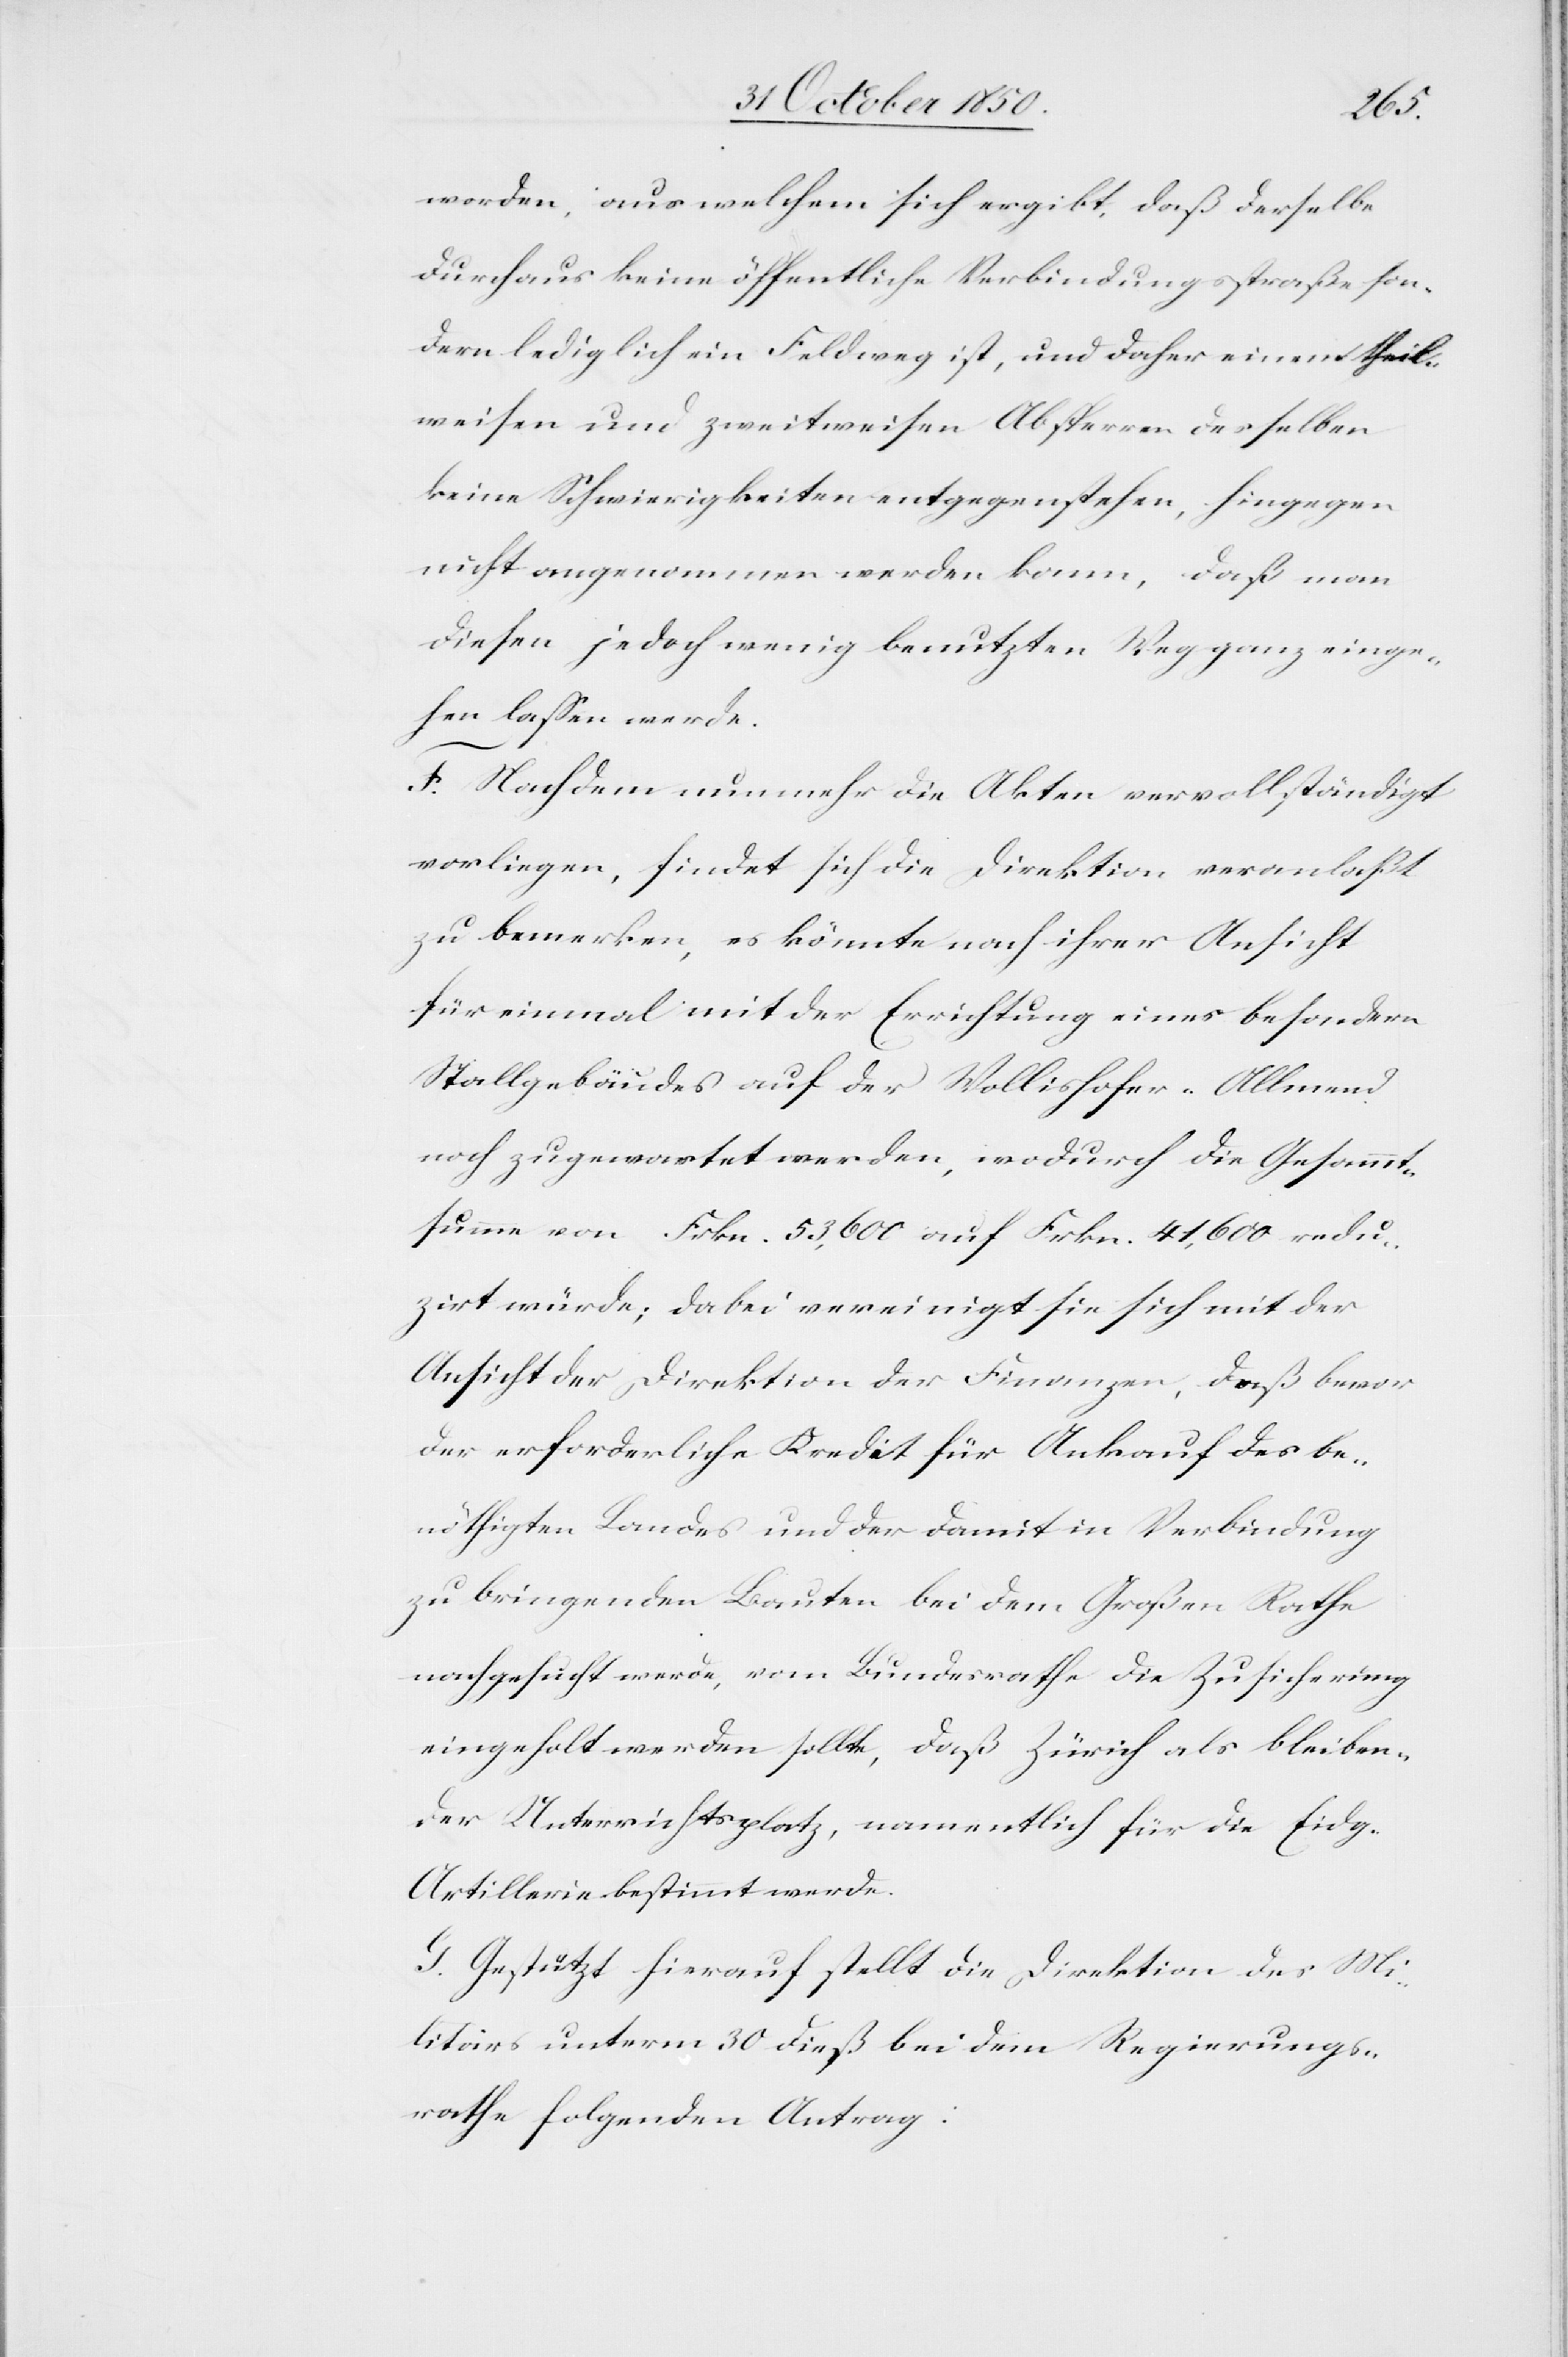
worden, aus welchem sich ergibt, daß derselbe
durchaus keine öffentliche Verbindungsstraße son¬
dern lediglich ein Feldweg ist, und daher einem theil¬
weisen und zweitweisen [?recte: zeitweisen]
keine Schwierigkeiten entgegenstehen, hingegen
nicht angenommen werden kann, daß man
diesen jedoch wenig benutzten Weg ganz einge¬
hen lassen werde.
F. Nachdem nunmehr die Akten vervollständigt
vorliegen, findet sich die Direktion veranlaßt
zu bemerken, es könnte nach ihrer Ansicht
für einmal mit der Errichtung eines besondern
Stattgebäudes auf der Wollishofer-Allmend
noch zugewartet werden, wodurch die Gesammt¬
summe von Frkn. 53,600 auf Frkn. 41,600 redu¬
zirt würde; dabei vereinigt sie sich mit der
Ansicht der Direktion der Finanzen, daß bevor
der erforderliche Kredit für Ankauf des be¬
nöthigten Landes und der damit in Verbindung
zu bringenden Bauten bei dem Großen Rathe
nachgesucht werde, vom Bundesrathe die Zusicherung
eingeholt werden sollte, daß Zürich als bleiben¬
der Unterrichtsplatz, namentlich für die Eidg.
Artillerie bestimmt werde.
G. Gestützt hierauf stellt die Direktion des Mi¬
litärs unterm 30 dieß bei dem Regierungs¬
rathe folgenden Antrag: